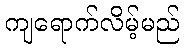
ကျရောက်လိမ့်မည်